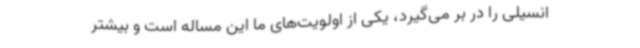
انسیلی را در بر می‌گیرد، یکی از اولویت‌های ما این مساله است و بیشتر